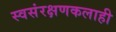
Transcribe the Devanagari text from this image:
स्वसंरक्षणकलाही